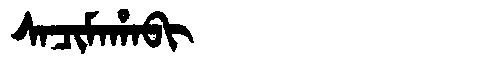
Manchu: ᠰᠠᠴᡳᠮᠠᡥᠠᠪᡳ
Romanization: SACIMAHABI